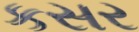
કસર